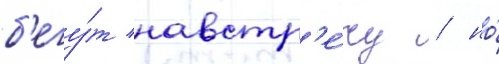
б'егу́т навстр'е́чу / но́